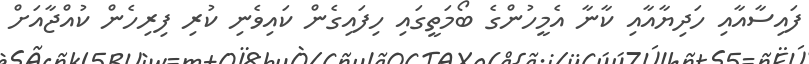
ފައިސާއާއި ހަދިޔާއާއި ކާނާ އެމީހުންގެ ބޯމަތީގައި ހިފައިގެން ކައިވެނި ކުރި ފިރިހެން ކުއްޖާއަށް